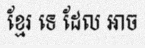
ខ្មែរ ទេ ដែល អាច